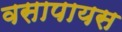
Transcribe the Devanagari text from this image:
वसापायस